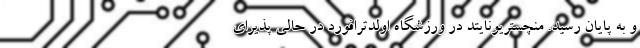
و به پایان رسید. منچستریونایتد در ورزشگاه اولدترافورد در حالی پذیرای